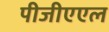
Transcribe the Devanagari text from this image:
पीजीएएल